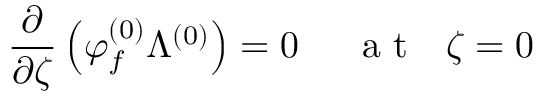
\frac { \partial } { \partial \zeta } \left( \varphi _ { f } ^ { ( 0 ) } \Lambda ^ { ( 0 ) } \right) = 0 ~ ~ ~ ~ \mathrm { ~ a ~ t ~ } ~ ~ \zeta = 0